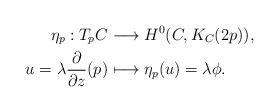
LaTeX: \begin{align*}\eta_p: T_pC &\longrightarrow H^0(C,K_C(2p)), \\u=\lambda \frac{\partial}{\partial z}(p) &\longmapsto \eta_p(u)=\lambda \phi.\end{align*}